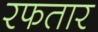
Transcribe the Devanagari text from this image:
रफतार